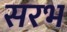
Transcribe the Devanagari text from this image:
सरभ